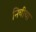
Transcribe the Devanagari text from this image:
निचीचा